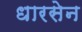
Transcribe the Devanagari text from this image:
धारसेन